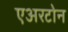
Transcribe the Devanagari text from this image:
एअरटोन